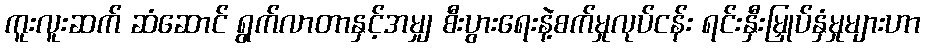
ကူးလူးဆက် ဆံဆောင် ရွက်လာတာနှင့်အမျှ စီးပွားရေးနဲ့စက်မှုလုပ်ငန်း ရင်းနှီးမြှုပ်နှံမှုများဟာ